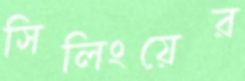
সিলিংয়ের